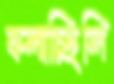
ফলাচ্ছিলি